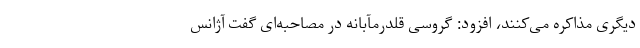
دیگری مذاکره می‌کنند، افزود: گروسی قلدرمآبانه در مصاحبه‌ای گفت آژانس